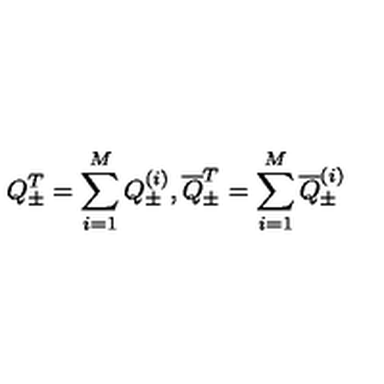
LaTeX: Q _ { \pm } ^ { T } = \sum _ { i = 1 } ^ { M } Q _ { \pm } ^ { ( i ) } , \overline { { Q } } _ { \pm } ^ { T } = \sum _ { i = 1 } ^ { M } \overline { { Q } } _ { \pm } ^ { ( i ) }